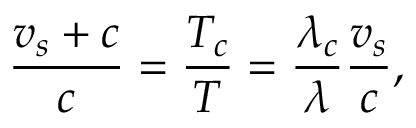
\frac { v _ { s } + c } { c } = \frac { T _ { c } } { T } = \frac { \lambda _ { c } } { \lambda } \frac { v _ { s } } { c } , \